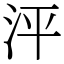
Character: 泙